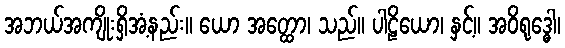
အဘယ်အကျိုးရှိအံ့နည်း။ ယော အတ္ထော၊ သည်။ ပါဠိယော၊ နှင့်။ အဝိရုဒ္ဓေါ၊